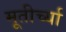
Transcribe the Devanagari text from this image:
मूतीर्च्या